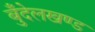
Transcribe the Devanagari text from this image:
बुँदेलखण्ड